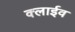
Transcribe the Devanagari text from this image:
क्लाईव